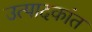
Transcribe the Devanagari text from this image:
उत्पादकांत